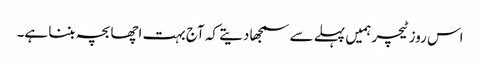
اس روز ٹیچر ہمیں پہلے سے سمجھا دیتے کہ آج بہت اچھا بچہ بننا ہے۔